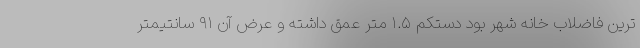
ترین فاضلاب خانه شهر بود دستکم ۱.۵ متر عمق داشته و عرض آن ۹۱ سانتیمتر